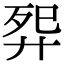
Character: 𬆕